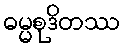
ဓမ္မစုဒိတဿ